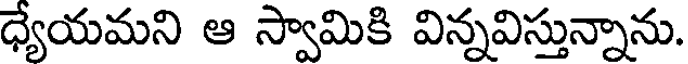
ధ్యేయమని ఆ స్వామికి విన్నవిస్తున్నాను.